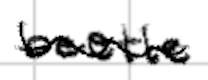
Text: beetle
Cross-out: wave
Writing tool: digital_black